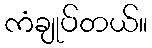
ကံချုပ်တယ်။